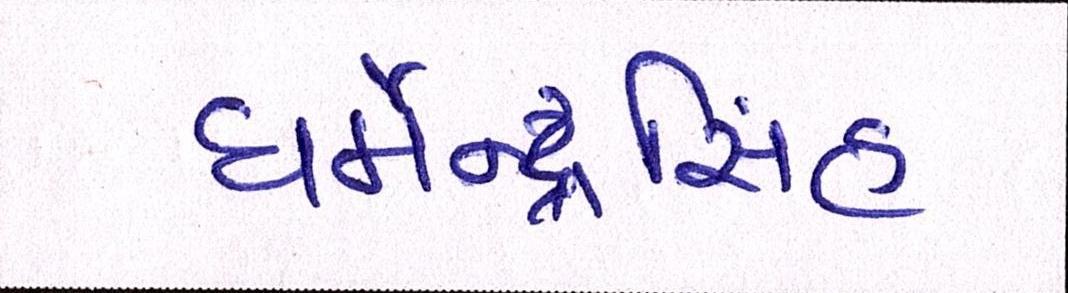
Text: ધર્મેન્દ્રસિંહ